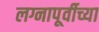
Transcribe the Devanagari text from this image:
लग्नापूर्वीच्या